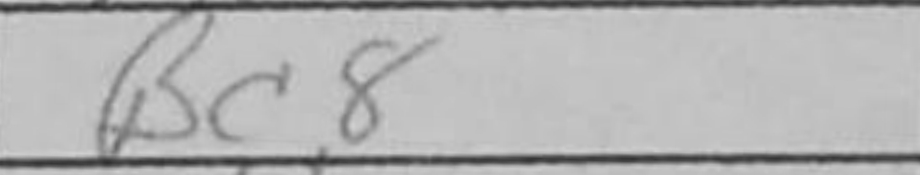
Transcription: Bc8